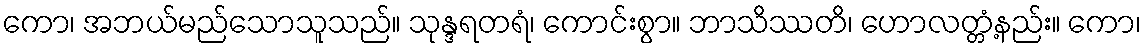
ကော၊ အဘယ်မည်သောသူသည်။ သုန္ဒရတရံ၊ ကောင်းစွာ။ ဘာသိဿတိ၊ ဟောလတ္တံ့နည်း။ ကော၊